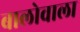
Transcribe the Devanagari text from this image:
बालोवाला